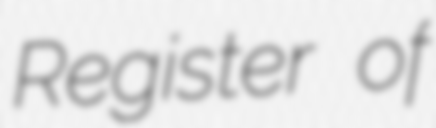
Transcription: Register of